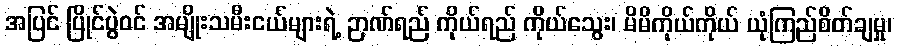
အပြင် ပြိုင်ပွဲဝင် အမျိုးသမီးငယ်များရဲ့ ဉာဏ်ရည် ကိုယ်ရည် ကိုယ်သွေး၊ မိမိကိုယ်ကိုယ် ယုံကြည်စိတ်ချမှု၊